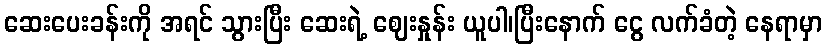
ဆေးပေးခန်းကို အရင် သွားပြီး ဆေးရဲ့ ဈေးနှုန်း ယူပါ၊ပြီးနောက် ငွေ လက်ခံတဲ့ နေရာမှာ